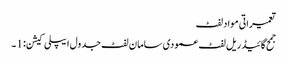
تعمیراتی مواد لفٹ
جمح گائیڈ ریل لفٹ عمودی سامان لفٹ جدول ایپلی کیشن: 1 ۔